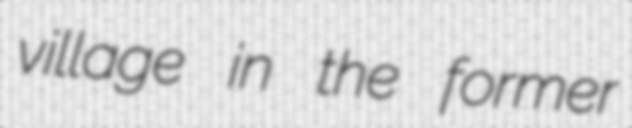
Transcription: village in the former